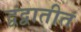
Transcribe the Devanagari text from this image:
द्वंद्वातीतं